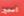
اسمح